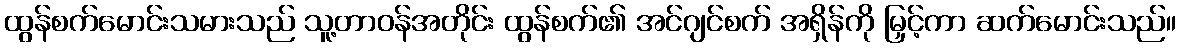
ထွန်စက်မောင်းသမားသည် သူ့တာဝန်အတိုင်း ထွန်စက်၏ အင်ဂျင်စက် အရှိန်ကို မြှင့်ကာ ဆက်မောင်းသည်။